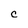
Character: c